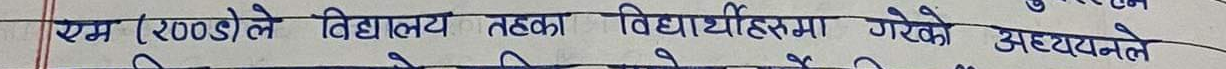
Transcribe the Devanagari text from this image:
एम (२००डले विद्यालय तहका विद्यार्थीहरुमा गरेको अध्ययनले